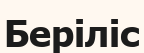
Беріліс